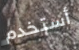
أستخدم